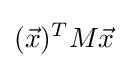
({\vec {x}})^{T}M{\vec {x}}